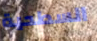
السطحية